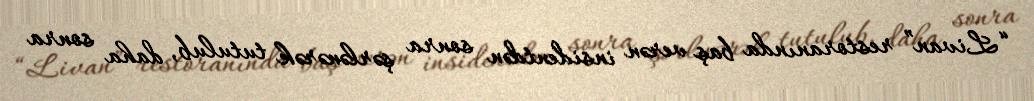
“Livan” restoranında baş verən insidentdən sonra şərlənərək tutulub, daha sonra